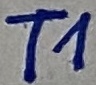
Text: T1